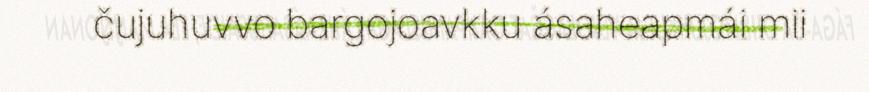
čujuhuvvo bargojoavkku ásaheapmái mii